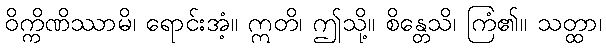
ဝိက္ကိဏိဿာမိ၊ ရောင်းအံ့။ ဣတိ၊ ဤသို့။ စိန္တေသိ၊ ကြံ၏။ သတ္ထာ၊